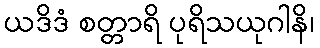
ယဒိဒံ စတ္တာရိ ပုရိသယုဂါနိ၊